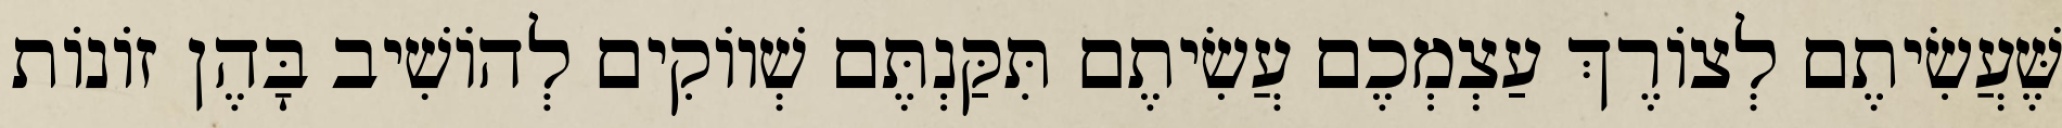
שֶּׁעֲשִׂיתֶם לְצוֹרֶךְ עַצְמְכֶם עֲשִׂיתֶם תִּקַּנְתֶּם שְׁווֹקִים לְהוֹשִׁיב בָּהֶן זוֹנוֹת